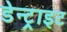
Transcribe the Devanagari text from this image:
डेन्ट्राइट